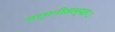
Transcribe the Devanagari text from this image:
जर्मनीतल्या़़